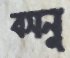
বসনু